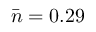
\bar { n } = 0 . 2 9